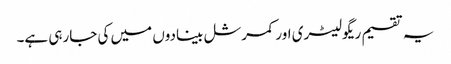
یہ تقسیم ریگولیٹری اور کمرشل بینادوں میں کی جارہی ہے۔